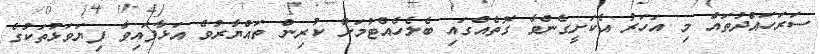
ސަރަހައްދުތައް މި އަހަރު އެކަށީގެންވާ ގޮތެއްގައި ބެލެެހެއްޓުމަށް ކުރިން ތައްޔާރުވެ އަޅާފައިވާ ފިޔަވަޅުތަކުގެ